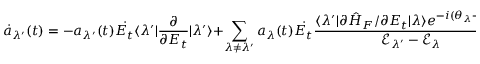
\dot { a } _ { \lambda ^ { \prime } } ( t ) = - a _ { \lambda ^ { \prime } } ( t ) \dot { E _ { t } } \langle \lambda ^ { \prime } | \frac { \partial } { \partial E _ { t } } | \lambda ^ { \prime } \rangle + \sum _ { \lambda \neq \lambda ^ { \prime } } a _ { \lambda } ( t ) \dot { E _ { t } } \frac { \langle \lambda ^ { \prime } | \partial \hat { H } _ { F } / \partial E _ { t } | \lambda \rangle e ^ { - i ( \theta _ { \lambda } - \theta _ { \lambda ^ { \prime } } ) } } { \mathcal { E } _ { \lambda ^ { \prime } } - \mathcal { E } _ { \lambda } } ,